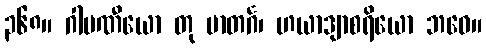
၃၆၈။ ဂါမဏီယော တု မာတင်္ဂ၊ ဟယာဒျာစရိယော ဘဝေ။